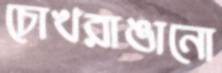
চোখরাঙানো